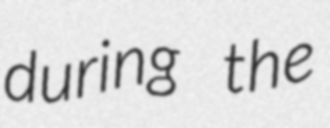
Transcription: during the